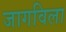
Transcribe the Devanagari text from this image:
जागविला